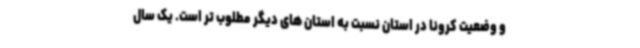
و وضعیت کرونا در استان نسبت به استان های دیگر مطلوب تر است. یک سال